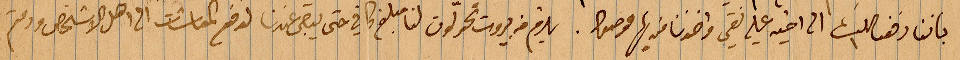
باننا وقفنالك الى أخيه علي نقي واخذنا منه لها موصولًا. يلزم في بيروت تحولون لنا مبلغ كافي حتى يبقى عندنا لدفع المعاشات مع اهل الأشخاص ودمتم